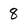
Character: 8